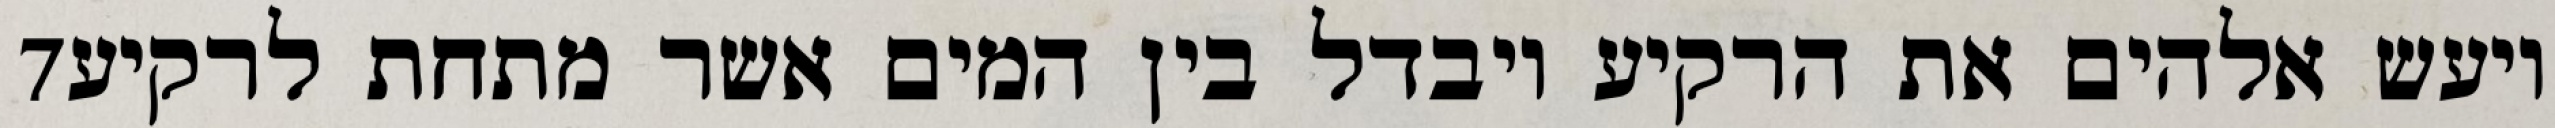
‎7‏ ויעש אלהים את הרקיע ויבדל בין המים אשר מתחת לרקיע